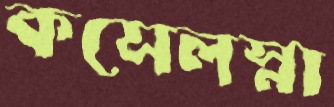
কসেলস্না